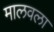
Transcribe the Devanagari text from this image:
मालवला